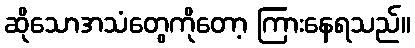
ဆိုသောအသံတွေကိုတော့ ကြားနေရသည်။